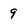
Character: 9